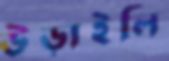
উড়াইলি